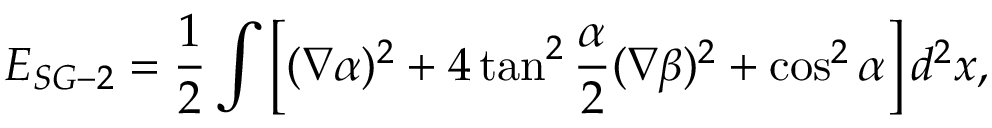
E _ { S G - 2 } = \frac 1 2 \int \left[ ( \nabla \alpha ) ^ { 2 } + 4 \tan ^ { 2 } \frac { \alpha } { 2 } ( \nabla \beta ) ^ { 2 } + \cos ^ { 2 } \alpha \right] d ^ { 2 } x ,